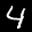
Label: 4